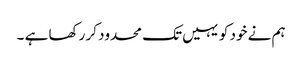
ہم نے خود کو یہیں تک محدود کر رکھا ہے ۔